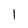
Character: 1